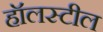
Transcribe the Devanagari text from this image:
हॉलस्टील